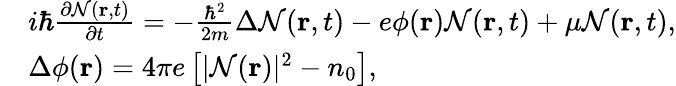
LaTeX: \begin{array}{rl}&{i\hbar\frac{{\partial{\cal N}({\mathbf{r}},t)}}{{\partial t}}=-\frac{{{\hbar^{2}}}}{{2m}}\Delta{\cal N}({\mathbf{r}},t)-e\phi({\mathbf{r}}){\cal N}({\mathbf{r}},t)+\mu{\cal N}({\mathbf{r}},t),}\\ &{\Delta\phi({\mathbf{r}})=4\pi e\left[{|{\cal N}({\mathbf{r}}){|^{2}}-{n_{0}}}\right],}\end{array}